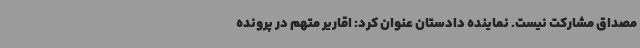
مصداق مشارکت نیست. نماینده دادستان عنوان کرد: اقاریر متهم در پرونده